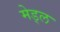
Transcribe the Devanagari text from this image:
मेड्ल